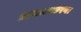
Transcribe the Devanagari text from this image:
ग्रहलाघवकरण।